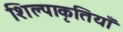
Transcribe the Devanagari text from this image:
शिल्पाकृतियाँ